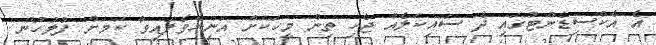
އެ އެކްސިޑެންޓުގައި ދެ ސައިކަލެއް ޖެހި ތިން މީހަކަށް އަނިޔާވެފައިވާ ކަމަށް ފުލުހުން